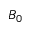
B _ { 0 }